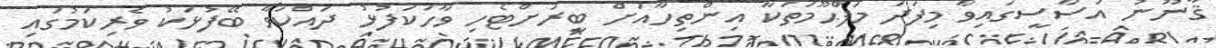
ޤާނޫނު އަސާސީގައިވާ މިފަދަ މަފްޙޫމަތަކާ އިންތިހާއަށް ބީރަށްޓެހި ވާހަކަފުޅު ދައްކަވާ ބޭފުޅަކު ވެރިކަމުގައި